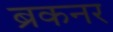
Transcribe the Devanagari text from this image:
ब्रकनर